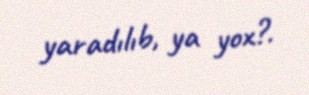
yaradılıb, ya yox?.